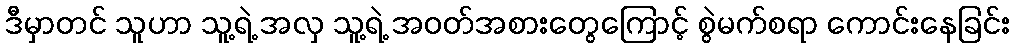
ဒီမှာတင် သူဟာ သူ့ရဲ့ အလှ သူ့ရဲ့ အဝတ်အစားတွေကြောင့် စွဲမက်စရာ ကောင်းနေခြင်း